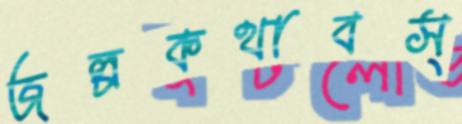
জল্পকথাবস্